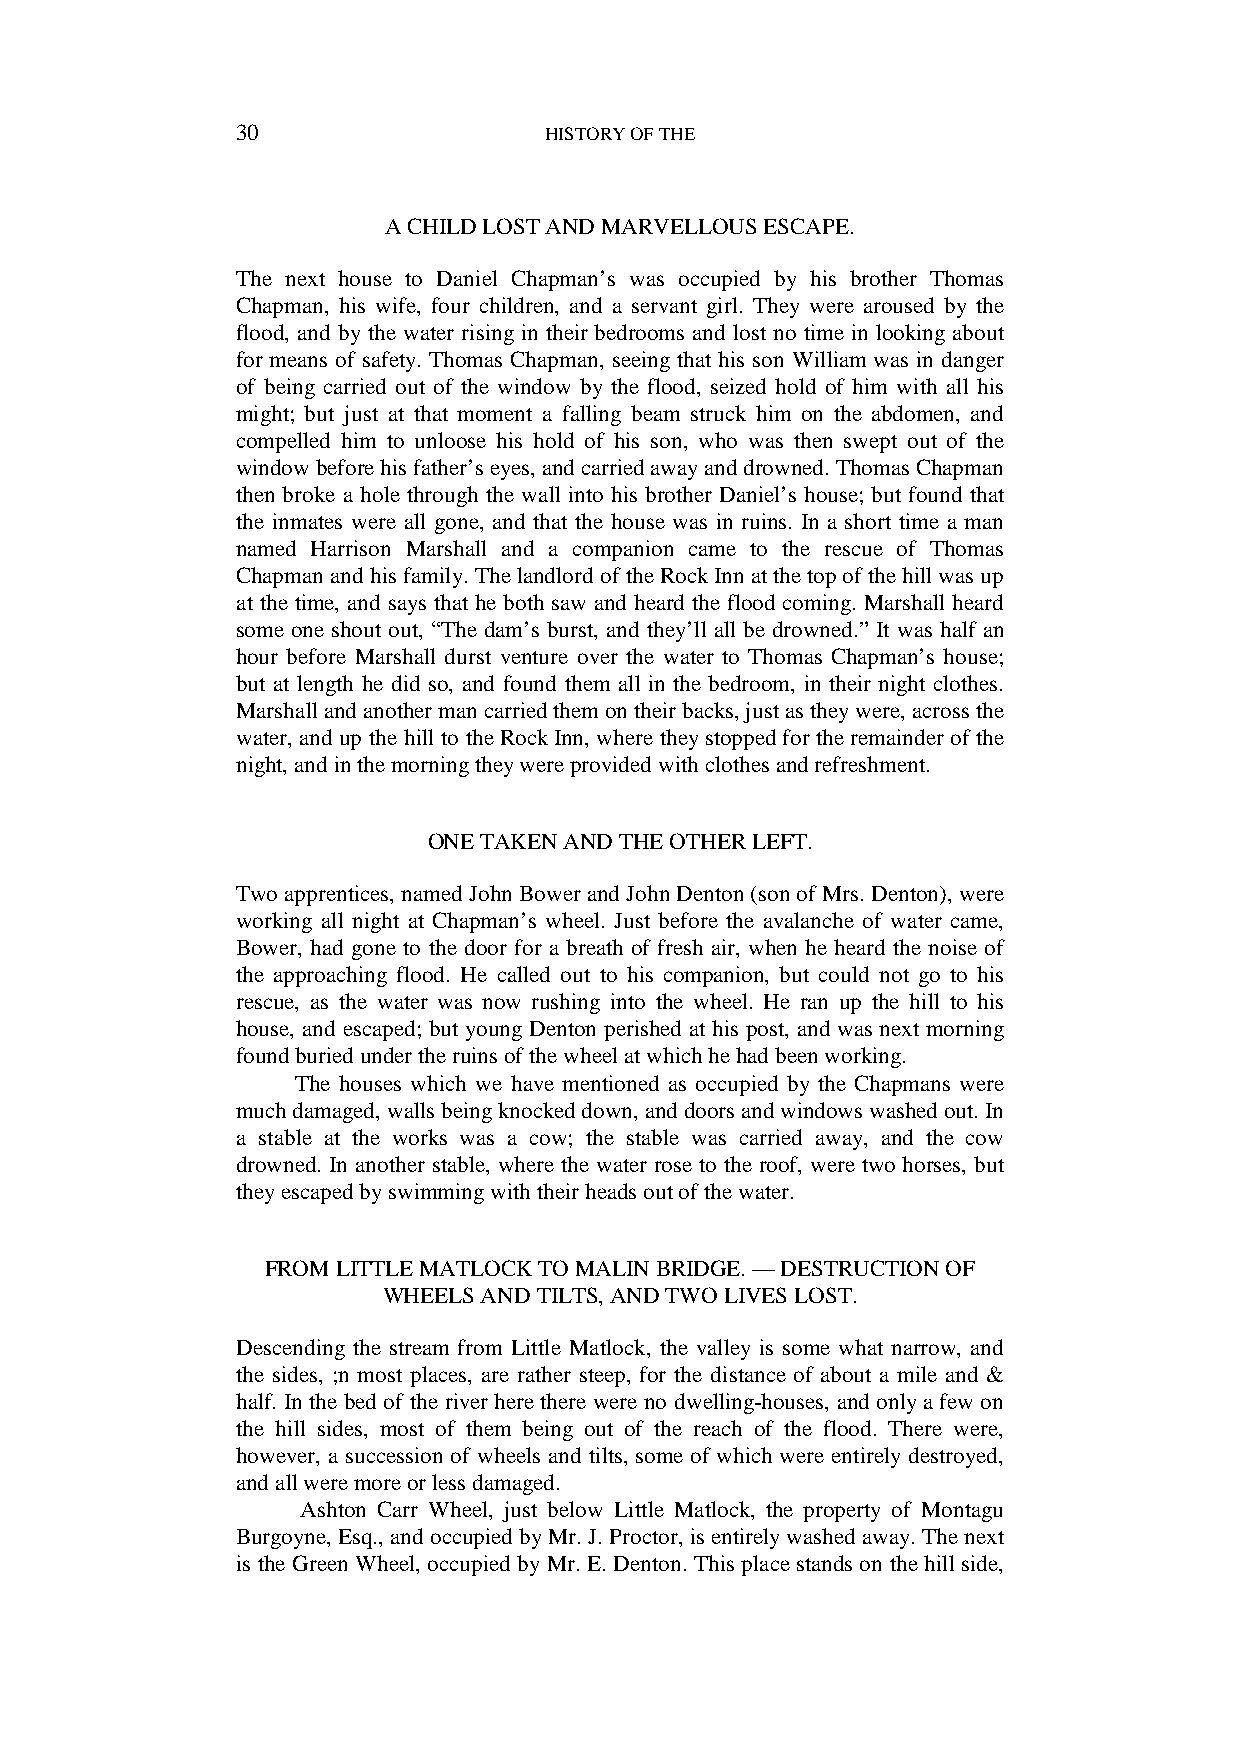
30                  HISTORY OF THE
 A CHILD LOST AND MARVELLOUS ESCAPE.
 The next house to Daniel Chapman’s was occupied by his brother Thomas
 Chapman, his wife, four children, and a servant girl. They were aroused by the
 flood, and by the water rising in their bedrooms and lost no time in looking about
 for means of safety. Thomas Chapman, seeing that his son William was in danger
 of being carried out of the window by the flood, seized hold of him with all his
 might; but just at that moment a falling beam struck him on the abdomen, and
 compelled him to unloose his hold of his son, who was then swept out of the
 window before his father’s eyes, and carried away and drowned. Thomas Chapman
 then broke a hole through the wall into his brother Daniel’s house; but found that
 the inmates were all gone, and that the house was in ruins. In a short time a man
 named Harrison Marshall and a companion came to the rescue of Thomas
 Chapman and his family. The landlord of the Rock Inn at the top of the hill was up
 at the time, and says that he both saw and heard the flood coming. Marshall heard
 some one shout out, “The dam’s burst, and they’ll all be drowned.” It was half an
 hour before Marshall durst venture over the water to Thomas Chapman’s house;
 but at length he did so, and found them all in the bedroom, in their night clothes.
 Marshall and another man carried them on their backs, just as they were, across the
 water, and up the hill to the Rock Inn, where they stopped for the remainder of the
 night, and in the morning they were provided with clothes and refreshment.
 ONE TAKEN AND THE OTHER LEFT.
 Two apprentices, named John Bower and John Denton (son of Mrs. Denton), were
 working all night at Chapman’s wheel. Just before the avalanche of water came,
 Bower, had gone to the door for a breath of fresh air, when he heard the noise of
 the approaching flood. He called out to his companion, but could not go to his
 rescue, as the water was now rushing into the wheel. He ran up the hill to his
 house, and escaped; but young Denton perished at his post, and was next morning
 found buried under the ruins of the wheel at which he had been working.
 The houses which we have mentioned as occupied by the Chapmans were
 much damaged, walls being knocked down, and doors and windows washed out. In
 a stable at the works was a cow; the stable was carried away, and the cow
 drowned. In another stable, where the water rose to the roof, were two horses, but
 they escaped by swimming with their heads out of the water.
 FROM LITTLE MATLOCK TO MALIN BRIDGE. — DESTRUCTION OF
 WHEELS AND TILTS, AND TWO LIVES LOST.
 Descending the stream from Little Matlock, the valley is some what narrow, and
 the sides, ;n most places, are rather steep, for the distance of about a mile and &
 half. In the bed of the river here there were no dwelling-houses, and only a few on
 the hill sides, most of them being out of the reach of the flood. There were,
 however, a succession of wheels and tilts, some of which were entirely destroyed,
 and all were more or less damaged.
 Ashton Carr Wheel, just below Little Matlock, the property of Montagu
 Burgoyne, Esq., and occupied by Mr. J. Proctor, is entirely washed away. The next
 is the Green Wheel, occupied by Mr. E. Denton. This place stands on the hill side,